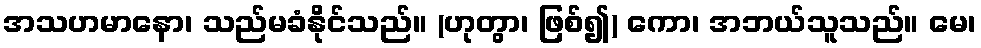
အသဟမာနော၊ သည်မခံနိုင်သည်။ (ဟုတွာ၊ ဖြစ်၍) ကော၊ အဘယ်သူသည်။ မေ၊